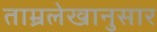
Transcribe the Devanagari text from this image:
ताम्रलेखानुसार